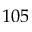
1 0 5